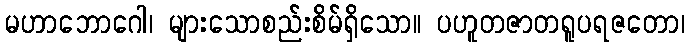
မဟာဘောဂေါ၊ များသောစည်းစိမ်ရှိသော။ ပဟူတဇာတရူပရဇတော၊